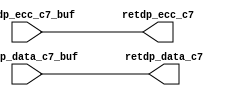
module sctag_retbuf(/*AUTOARG*/
   // Outputs
   retdp_data_c7, retdp_ecc_c7, 
   // Inputs
   retdp_data_c7_buf, retdp_ecc_c7_buf
   );

// Use the same pin posit ions as that used for
// the lhs of retdp.

output  [127:0]  retdp_data_c7;
output  [ 27:0]  retdp_ecc_c7;

input  [127:0]  retdp_data_c7_buf;
input  [ 27:0]  retdp_ecc_c7_buf;



// arrange these buffers in 16 rows and 10 columns
// row0 ->{ data[2:0],ecc[6:0]}
// row1 ->{ data[12:3]}
// row2 ->{ data[22:13]}
// row3 ->{ data[31:23]}
// and so 0n. Buffer the outputs of each 
// bit with a 40x buffer/inverter.

assign	retdp_data_c7 = retdp_data_c7_buf ;
assign	retdp_ecc_c7 = retdp_ecc_c7_buf ;


endmodule